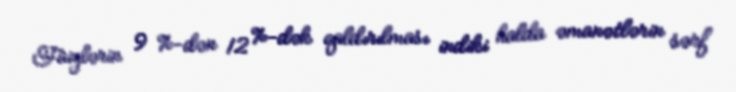
Faizlərin 9 %-dən 12 %-dək qaldırılması indiki halda əmanətlərin sərf